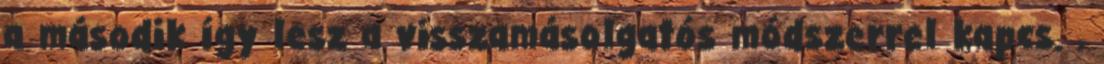
a második így lesz a visszamásolgatós módszerrel kapcs. ,